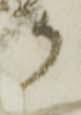
か